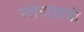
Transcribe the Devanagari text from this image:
स्तनाग्रांची